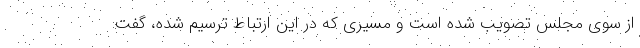
از سوی مجلس تصویب شده است و مسیری که در این ارتباط ترسیم شده، گفت: